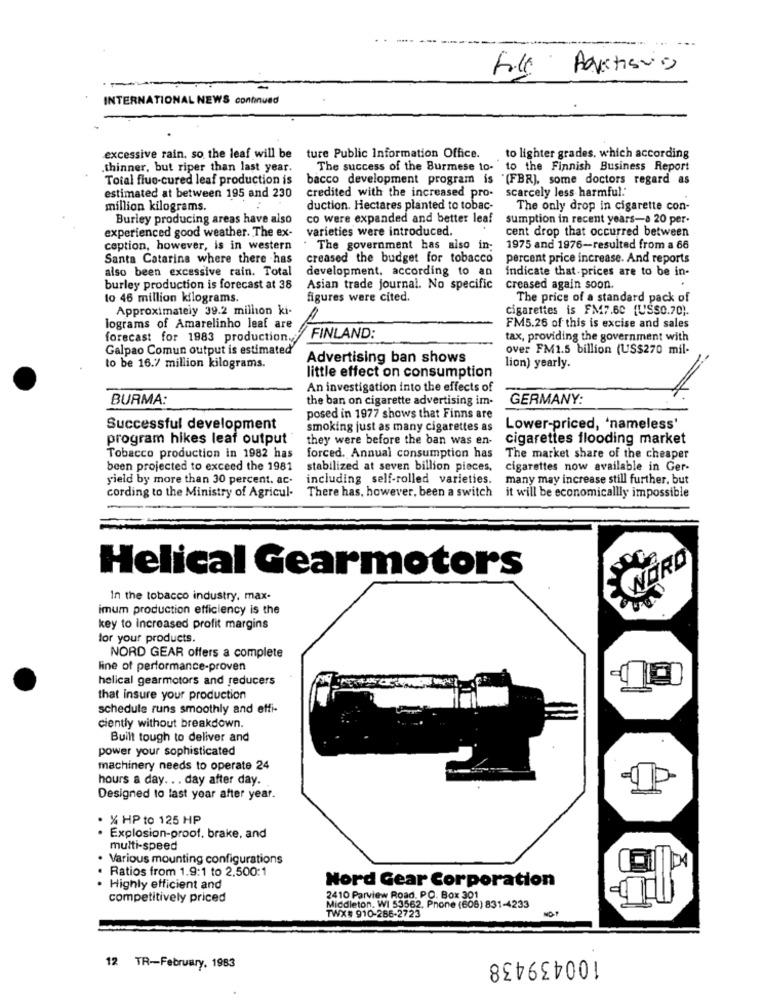
fill
Advertisvio
-
INTERNATIONAL NEWS continued
excessive rain, so the leaf will be
ture Public Information Office.
to lighter grades, which according
.thinner, but riper than last year.
The success of the Burmese to- to the Finnish Business Report
Total flue-cured leaf production is
bacco development program is
"(FBR], some doctors regard as
scarcely less harmful."
estimated at between 195 and 230
credited with the increased pro-
million kilograms.
duction. Hectares planted to tobac-
The only drop in cigarette con-
Burley producing areas have also
co were expanded and better leaf
sumption in recent years-a 20 per-
experienced good weather. The ex-
varieties were introduced.
cent drop that occurred between
ception, however, is in western
. The government has also in-
1975 and 1976-resulted from a 66
Santa Catarina where there has
creased the budget for tobacco
percent price increase. And reports
also been excessive rain. Total
development, according to an
indicate that prices are to be in-
burley production is forecast at 38
Asian trade journal. No specific
creased again soon.
to 46 million kilograms.
figures were cited.
The price of a standard pack of
Approximately 39.2 million ki-
cigarettes is FM7.60 (US$0.70).
lograms of Amarelinho leaf are
FM5.26 of this is excise and sales
forecast for 1983 production.
FINLAND:
tax, providing the government with
Galpao Comun output is estimated
over FM1.5 billion (US$270 mil-
Advertising ban shows
to be 16.7 million kilograms.
little effect on consumption
lion) yearly.
An investigation into the effects of
BURMA:
the ban on cigarette advertising im-
GERMANY:
posed in 1977 shows that Finns are
Successful development
smoking just as many cigarettes as
Lower-priced, 'nameless'
program hikes leaf output
they were before the ban was en-
cigarettes flooding market
Tobacco production in 1982 has
forced. Annual consumption has
The market share of the cheaper
been projected to exceed the 1981
stabilized at seven billion pieces.
cigarettes now available in Ger-
yield by more than 30 percent. ac.
including self-rolled varieties.
many may increase still further, but
There has, however, been a switch
cording to the Ministry of Agricul-
it will be economicallly impossible
WORD
Helical Gearmotors
In the tobacco industry, max-
imum production efficiency is the
key to increased profit margins
lor your products.
NORD GEAR offers a complete
line of performance-proven
helical gearmotors and reducers
that insure your production
schedule runs smoothly and effi-
ciently without breakdown.
Built tough to deliver and
power your sophisticated
machinery needs to operate 24
hours a day. . . day after day.
Designed to last year after year.
% HP to 125 HP
· Explosion-proof. brake, and
multi-speed
Various mounting configurations
Ratios from 1.9:1 to 2.500:1
Nord Gear Corporation
Highly efficient and
competitively priced
2410 Parview Road. P.O. Box 301
Middleton. WI 53562. Phone (608) 831-4233
TWX# 910-286-2723
100439438
12 TR-February, 1983